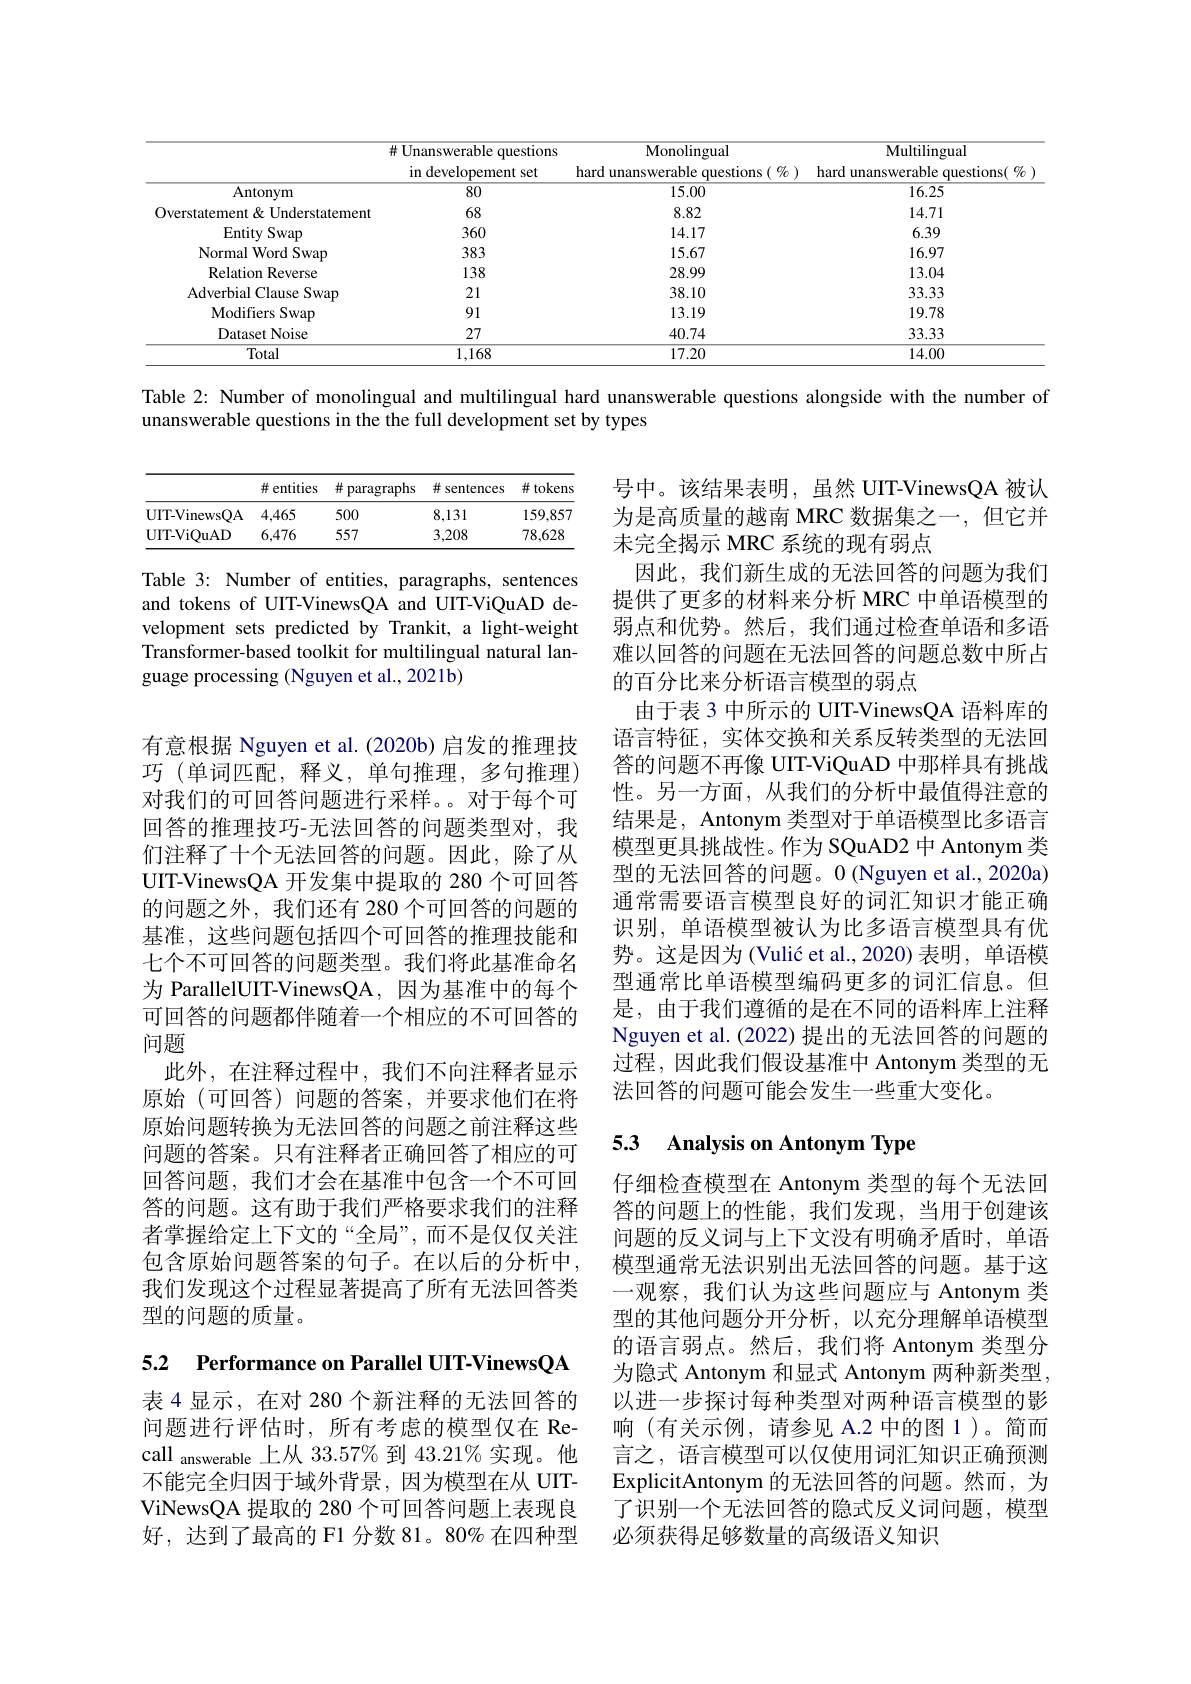
<table>
	<tbody>
		<tr>
			<th> </th>
			<th># Unanswerable questions in developement set</th>
			<th>Monolingual hard unanswerable questions( % )</th>
			<th>Multilingual hard unanswerable questions( %</th>
		</tr>
		<tr>
			<th> </th>
			<th># Unanswerable questions in developement set</th>
			<th>${\mathrm{Monolingual}}$ hard unanswerable questions( % )</th>
			<th>Multilingual hard unanswerable questions( $\left(\begin{array}{cc}{0}\\{0}\\{0}\end{array}\right)$</th>
		</tr>
		<tr>
			<th> </th>
			<th>$\#$ Unanswerable questions</th>
			<th>Monolingual</th>
			<th>Multilingual</th>
		</tr>
		<tr>
			<td>Antonym</td>
			<td>80</td>
			<td>15.00</td>
			<td>16.25</td>
		</tr>
		<tr>
			<td>Overstatement& Understatement</td>
			<td>68</td>
			<td>8.82</td>
			<td>14.71</td>
		</tr>
		<tr>
			<td>Entity Swap</td>
			<td>360</td>
			<td>14.17</td>
			<td>6.39</td>
		</tr>
		<tr>
			<td>Normal Word Swap</td>
			<td>383</td>
			<td>15.67</td>
			<td>16.97</td>
		</tr>
		<tr>
			<td>Relation Reverse</td>
			<td>138</td>
			<td>28.99</td>
			<td>13.04</td>
		</tr>
		<tr>
			<td>Adverbial Clause Swap</td>
			<td>21</td>
			<td>38.10</td>
			<td>33.33</td>
		</tr>
		<tr>
			<td>Modifiers Swap</td>
			<td>91</td>
			<td>13.19</td>
			<td>19.78</td>
		</tr>
		<tr>
			<td>Dataset Noise</td>
			<td>27</td>
			<td>40.74</td>
			<td>33.33</td>
		</tr>
		<tr>
			<td>Total</td>
			<td>1,168</td>
			<td>17.20</td>
			<td>14.00</td>
		</tr>
	</tbody>
</table>

Table 2: Number of monolingual and multilingual hard unanswerable questions alongside with the number of

unanswerable questions in the the full development set by types

<table>
	<tbody>
		<tr>
			<th> </th>
			<th># entities</th>
			<th>井 paragraphs</th>
			<th>$\#s$ sentences</th>
			<th># tokens</th>
		</tr>
		<tr>
			<td>UIT-VinewsQA</td>
			<td>4,465</td>
			<td>500</td>
			<td>8,131</td>
			<td>159,857</td>
		</tr>
		<tr>
			<td>UIT-ViOuAD</td>
			<td>6,476</td>
			<td>557</td>
			<td>3,208</td>
			<td>78,628</td>
		</tr>
	</tbody>
</table>

Table 3: Number of entities, paragraphs, sentences and tokens of UIT-VinewsQA and UIT-ViQuAD development sets predicted by Trankit, a light-weight Transformer-based toolkit for multilingual natural language processing (Nguyen et al., 2021b)

号中。该结果表明，虽然 UIT-VinewsQA 被认为是高质量的越南 MRC 数据集之一，但它并未完全揭示 MRC 系统的现有弱点
因此，我们新生成的无法回答的问题为我们提供了更多的材料来分析 MRC 中单语模型的弱点和优势。然后，我们通过检查单语和多语难以回答的问题在无法回答的问题总数中所占的百分比来分析语言模型的弱点
由于表 3 中所示的 UIT-VinewsQA 语料库的语言特征，实体交换和关系反转类型的无法回答的问题不再像 UIT-ViQuAD 中那样具有挑战性。另一方面，从我们的分析中最值得注意的结果是，Antonym 类型对于单语模型比多语言模型更具挑战性。作为 SQuAD2 中 Antonym 类型的无法回答的问题。0 (Nguyen et al., 2020a) 通常需要语言模型良好的词汇知识才能正确识别，单语模型被认为比多语言模型具有优势。这是因为(Vulić et al.,2020) 表明，单语模型通常比单语模型编码更多的词汇信息。但是，由于我们遵循的是在不同的语料库上注释Nguyen et al. (2022) 提出的无法回答的问题的过程，因此我们假设基准中 Antonym 类型的无法回答的问题可能会发生一些重大变化。

有意根据 Nguyen et al. (2020b) 启发的推理技巧 (单词匹配，释义，单句推理，多句推理) 对我们的可回答问题进行采样。。对于每个可回答的推理技巧-无法回答的问题类型对，我们注释了十个无法回答的问题。因此，除了从UIT-VinewsQA 开发集中提取的 280 个可回答的问题之外，我们还有 280 个可回答的问题的基准，这些问题包括四个可回答的推理技能和七个不可回答的问题类型。我们将此基准命名为 ParallelUIT-VinewsQA, 因为基准中的每个可回答的问题都伴随着一个相应的不可回答的问题
此外，在注释过程中，我们不向注释者显示原始(可回答)问题的答案，并要求他们在将原始问题转换为无法回答的问题之前注释这些问题的答案。只有注释者正确回答了相应的可回答问题，我们才会在基准中包含一个不可回答的问题。这有助于我们严格要求我们的注释者掌握给定上下文的“全局”,而不是仅仅关注包含原始问题答案的句子。在以后的分析中， 我们发现这个过程显著提高了所有无法回答类型的问题的质量。

### 5.3 $\textbf{Analysis on Antonym Type}$

仔细检查模型在 Antonym 类型的每个无法回答的问题上的性能，我们发现，当用于创建该问题的反义词与上下文没有明确矛盾时，单语模型通常无法识别出无法回答的问题。基于这一观察，我们认为这些问题应与 Antonym 类型的其他问题分开分析，以充分理解单语模型的语言弱点。然后，我们将 Antonym 类型分为隐式 Antonym 和显式 Antonym 两种新类型以进一步探讨每种类型对两种语言模型的影响(有关示例，请参见 A.2 中的图 1)。简而言之，语言模型可以仅使用词汇知识正确预测ExplicitAntonym 的无法回答的问题。然而，为了识别一个无法回答的隐式反义词问题，模型必须获得足够数量的高级语义知识

5.2 Performance on Parallel UIT-VinewsQA

表 4 显示，在对 280 个新注释的无法回答的问题进行评估时，所有考虑的模型仅在 Recall answerable 上从 33.57% 到 43.21% 实现。他不能完全归因于域外背景，因为模型在从 UITViNewsQA 提取的 280 个可回答问题上表现良好，达到了最高的 F1 分数 81。80% 在四种型